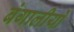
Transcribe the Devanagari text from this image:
बंगालीयों